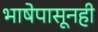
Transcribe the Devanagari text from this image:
भाषेपासूनही